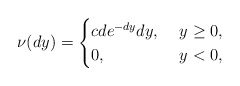
\begin{align*}\nu(dy)=\begin{cases}cde^{-dy}dy, &\ y \ge 0, \\ 0, & \ y<0,\end{cases}\end{align*}